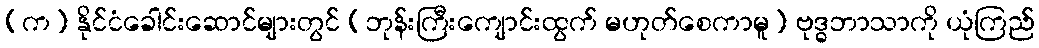
(က) နိုင်ငံခေါင်းဆောင်များတွင် (ဘုန်းကြီးကျောင်းထွက် မဟုတ်စေကာမူ) ဗုဒ္ဓဘာသာကို ယုံကြည်